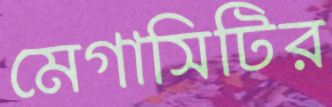
মেগাসিটির